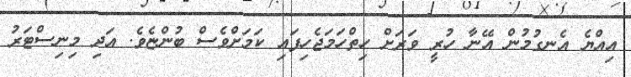
އިއްޔެ އެނގުމުން އޭނާ ހުރީ ވަރަށް ހިތްހަމަޖެހިފައި ކަމަށްވެސް ބުންޏެވެ. އަދި މިނިސްޓަރު